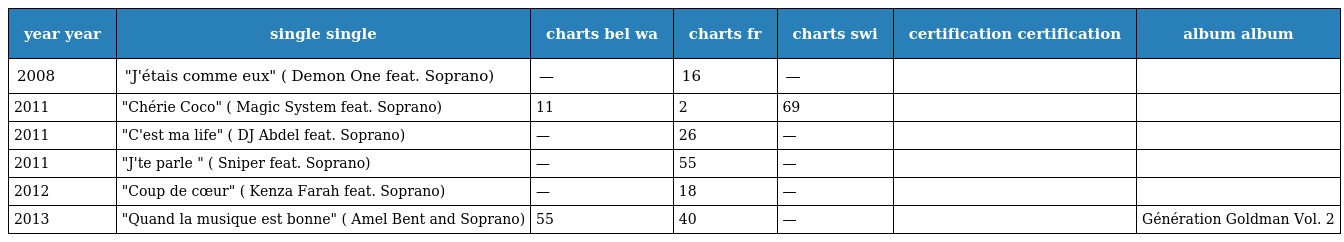
| year year | single single | charts bel wa | charts fr | charts swi | certification certification | album album |
 | --- | --- | --- | --- | --- | --- | --- |
 | 2008 | "J'étais comme eux" ( Demon One feat. Soprano) | — | 16 | — |  |  |
 | 2011 | "Chérie Coco" ( Magic System feat. Soprano) | 11 | 2 | 69 |  |  |
 | 2011 | "C'est ma life" ( DJ Abdel feat. Soprano) | — | 26 | — |  |  |
 | 2011 | "J'te parle " ( Sniper feat. Soprano) | — | 55 | — |  |  |
 | 2012 | "Coup de cœur" ( Kenza Farah feat. Soprano) | — | 18 | — |  |  |
 | 2013 | "Quand la musique est bonne" ( Amel Bent and Soprano) | 55 | 40 | — |  | Génération Goldman Vol. 2 |